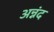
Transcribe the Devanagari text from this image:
अन्नंद